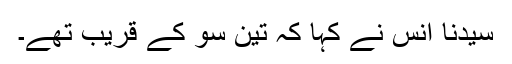
سیدنا انسؓ نے کہا کہ تین سو کے قریب تھے۔